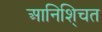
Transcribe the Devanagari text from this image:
आनिशि्चत